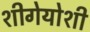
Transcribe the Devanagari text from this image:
शीगेयोशी